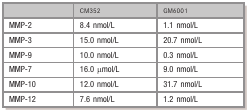
<table><thead><tr><td></td><td><b>CM352</b></td><td><b>GM6001</b></td></tr></thead><tbody><tr><td>MMP‐2</td><td>8.4 nmol/L</td><td>1.1 nmol/L</td></tr><tr><td>MMP‐3</td><td>15.0 nmol/L</td><td>20.7 nmol/L</td></tr><tr><td>MMP‐9</td><td>10.0 nmol/L</td><td>0.3 nmol/L</td></tr><tr><td>MMP‐7</td><td>16.0 μmol/L</td><td>9.0 nmol/L</td></tr><tr><td>MMP‐10</td><td>12.0 nmol/L</td><td>31.7 nmol/L</td></tr><tr><td>MMP‐12</td><td>7.6 nmol/L</td><td>1.2 nmol/L</td></tr></tbody></table>